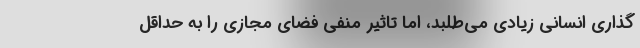
‌گذاری انسانی زیادی می‌طلبد، اما تاثیر منفی فضای مجازی را به حداقل